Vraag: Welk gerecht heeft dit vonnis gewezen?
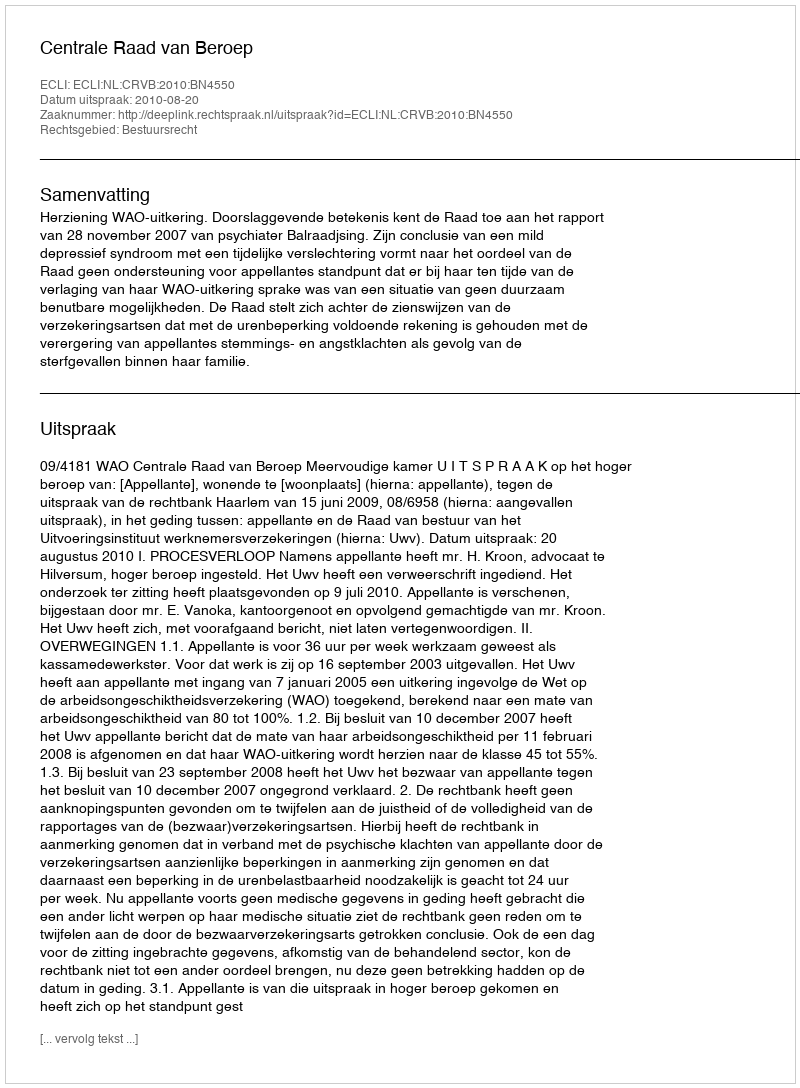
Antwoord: Centrale Raad van Beroep